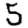
Digit: 5